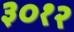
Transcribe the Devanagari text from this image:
३०१२